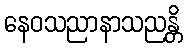
နေဝသညာနာသညန္တိ